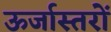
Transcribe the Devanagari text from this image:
ऊर्जास्तरों